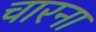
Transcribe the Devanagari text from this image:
चारना